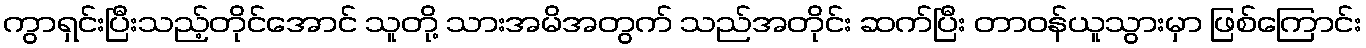
ကွာရှင်းပြီးသည့်တိုင်အောင် သူတို့ သားအမိအတွက် သည်အတိုင်း ဆက်ပြီး တာဝန်ယူသွားမှာ ဖြစ်ကြောင်း